Triennial report on the lunatic asylums in the province of Eastern Bengal and Assam - 1903-1911
Year: 1903
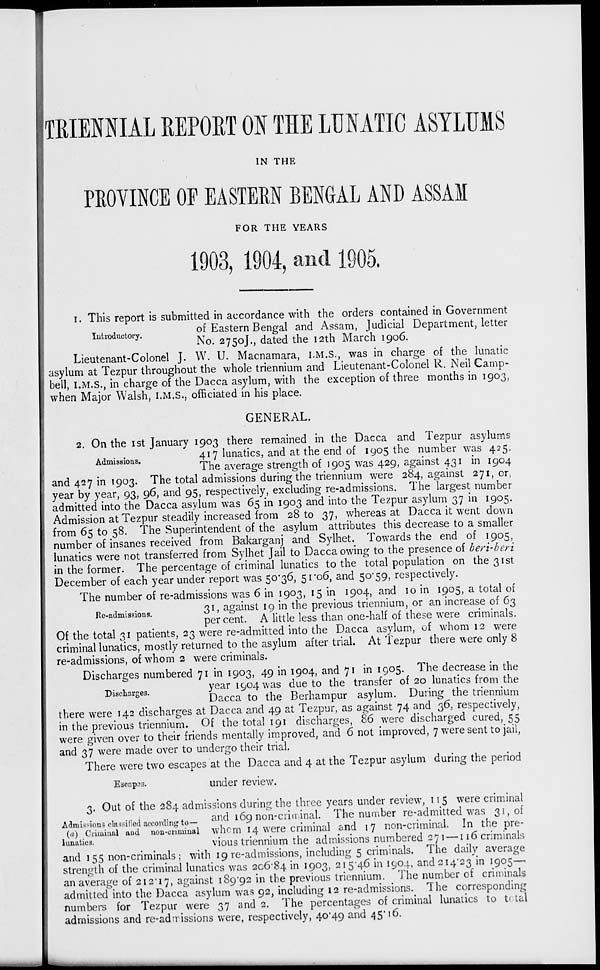
TRIENNIAL REPORT ON THE LUNATIC ASYLUMS
IN THE
PROVINCE OF EASTERN BENGAL AND ASSAM
FOR THE YEARS
1903, 1904, and 1905.
Introductory.
1. This report is submitted in accordance with the orders contained in Government
of Eastern Bengal and Assam, Judicial Department, letter
No. 2750J., dated the 12th March 1906.
Lieutenant-Colonel J. W. U. Macnamara, I.M.S., was in charge of the lunatic
asylum at Tezpur throughout the whole triennium and Lieutenant-Colonel R. Neil Camp-
bell, I.M.S., in charge of the Dacca asylum, with the exception of three months in 1903,
when Major Walsh, I.M.S., officiated in his place.
GENERAL.
Admissions.
2. On the 1st January 1903 there remained in the Dacca and Tezpur asylums
417 lunatics, and at the end of 1905 the number was 425.
The average strength of 1905 was 429, against 431 in 1904
and 427 in 1903. The total admissions during the triennium were 284, against 271, or,
year by year, 93, 96, and 95, respectively, excluding re-admissions. The largest number
admitted into the Dacca asylum was 65 in 1903 and into the Tezpur asylum 37 in 1905.
Admission at Tezpur steadily increased from 28 to 37, whereas at Dacca it went down
from 65 to 58. The Superintendent of the asylum attributes this decrease to a smaller
number of insanes received from Bakarganj and Sylhet. Towards the end of 1905,
lunatics were not transferred from Sylhet Jail to Dacca owing to the presence of beri-beri
in the former. The percentage of criminal lunatics to the total population on the 31st
December of each year under report was 50.36, 51.06, and 50.59, respectively.
Re-admissions.
The number of re-admissions was 6 in 1903, 15 in 1904, and 10 in 1905, a total of
31, against 19 in the previous triennium, or an increase of 63
per cent. A little less than one-half of these were criminals.
Of the total 31 patients, 23 were re-admitted into the Dacca asylum, of whom 12 were
criminal lunatics, mostly returned to the asylum after trial. At Tezpur there were only 8
re-admissions, of whom 2 were criminals.
Discharges.
Discharges numbered 71 in 1903, 49 in 1904, and 71 in 1905. The decrease in the
year 1904 was due to the transfer of 20 lunatics from the
Dacca to the Berhampur asylum. During the triennium
there were 142 discharges at Dacca and 49 at Tezpur, as against 74 and 36, respectively,
in the previous triennium. Of the total 191 discharges, 86 were discharged cured, 55
were given over to their friends mentally improved, and 6 not improved, 7 were sent to jail,
and 37 were made over to undergo their trial.
Escapes.
There were two escapes at the Dacca and 4 at the Tezpur asylum during the period
under review.
Admissions classified according to—
(a) Criminal and non-criminal
lunatics.
3. Out of the 284 admissions during the three years under review, 115 were criminal
and 169 non-criminal. The number re-admitted was 31, of
whom 14 were criminal and 17 non-criminal. In the pre-
vious triennium the admissions numbered 271—116 criminals
and 155 non-criminals ; with 19 re-admissions, including 5 criminals. The daily average
strength of the criminal lunatics was 206.84 in 1903, 215.46 in 1904, and 214.23 in 1905—
an average of 212.17, against 189.92 in the previous triennium. The number of criminals
admitted into the Dacca asylum was 92, including 12 re-admissions. The corresponding
numbers for Tezpur were 37 and 2. The percentages of criminal lunatics to total
admissions and re-admissions were, respectively, 40.49 and 45.16.